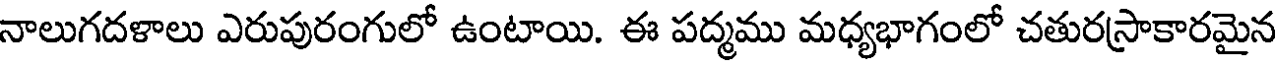
నాలుగదళాలు ఎరుపురంగులో ఉంటాయి. ఈ పద్మము మధ్యభాగంలో చతురస్రాకారమైన